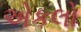
એકલો